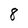
Character: 8